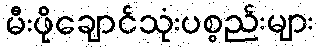
မီးဖိုချောင်သုံးပစ္စည်းများ